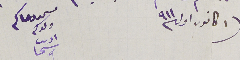
١ كانون اول ٩١١                      مسىمد دعاكم ولدكم ادىب سىحا